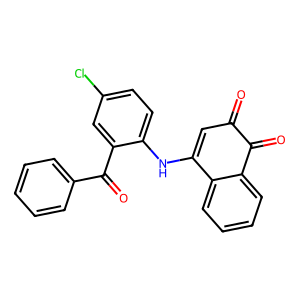
SMILES: O=C1C=C(Nc2ccc(Cl)cc2C(=O)c2ccccc2)c2ccccc2C1=O
Inhibits HIV replication: No